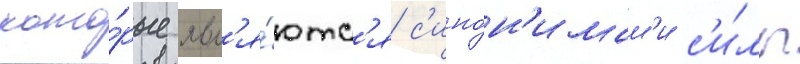
кото́рые явл'я́ютс'я с'ино́н'имам'и с'и́лы